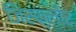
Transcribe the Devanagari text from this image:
जिरफ्लोर